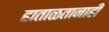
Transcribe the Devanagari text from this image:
हाताळतानाही